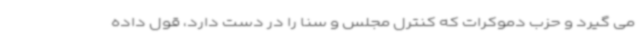
می گیرد و حزب دموکرات که کنترل مجلس و سنا را در دست دارد، قول داده